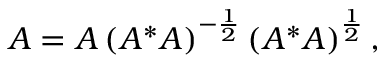
A = A \left( A ^ { * } A \right) ^ { - { \frac { 1 } { 2 } } } \left( A ^ { * } A \right) ^ { \frac { 1 } { 2 } } ,